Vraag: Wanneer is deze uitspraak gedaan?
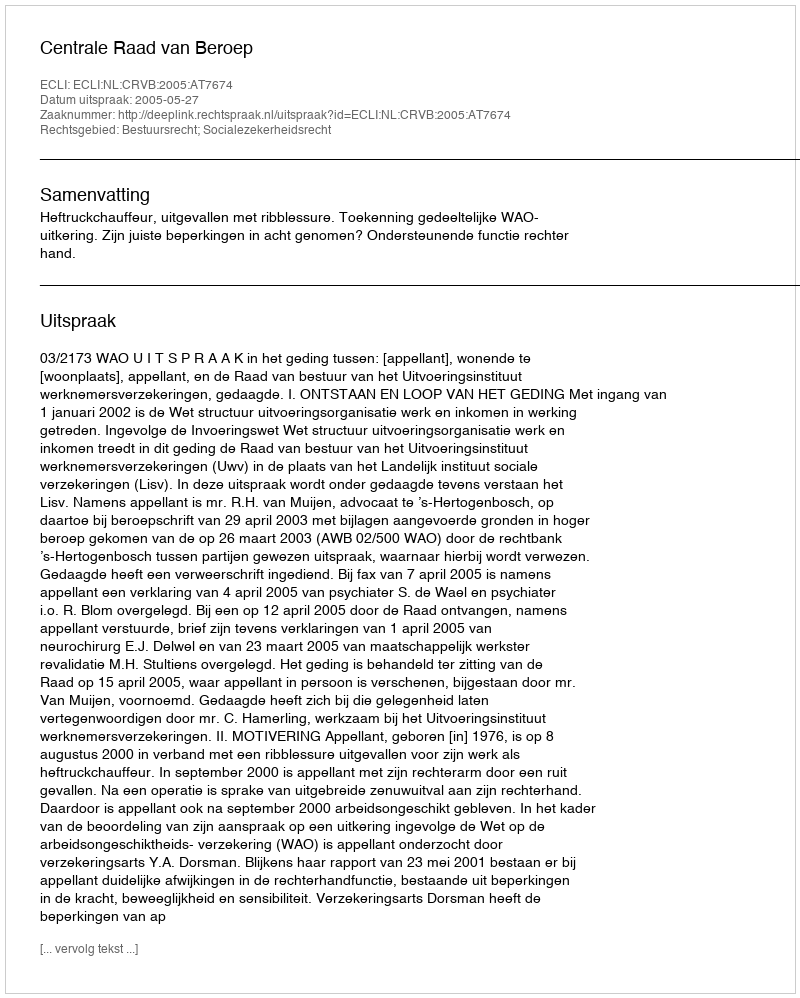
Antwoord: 2005-05-27